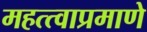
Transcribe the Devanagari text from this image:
महत्त्वाप्रमाणे